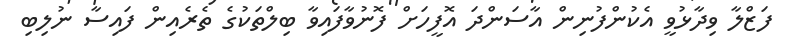
ފަޒްލާ ވިދާޅުވީ އެކުންފުނިން އާސަންދަ އޮފީހަށް ފޮނުވާފައިވާ ބިލްތަކުގެ ތެރެއިން ފައިސާ ނުލިބި